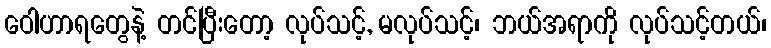
ဝေါဟာရတွေနဲ့ တင်ပြီးတော့ လုပ်သင့်, မလုပ်သင့်၊ ဘယ်အရာကို လုပ်သင့်တယ်၊